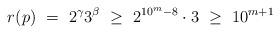
LaTeX: \begin{align*} r(p) \ =\ 2^{\gamma} 3^{\beta}\ \geq\ 2^{10^m-8}\cdot 3\ \geq\ 10^{m+1}\end{align*}